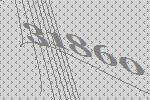
31860